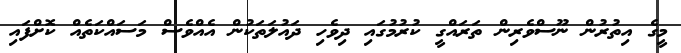
މީގެ އިތުރުން ނޫސްވެރިން ތަރައްގީ ކުރުމުގައި ދިވެހި ދައުލަތަކުން އެއްވެސް މަސައްކަތެއް ކޮށްފައި